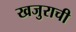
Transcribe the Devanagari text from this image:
खजुराची